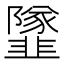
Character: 𩐌